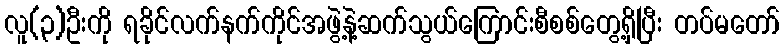
လူ(၃)ဦးကို ရခိုင်လက်နက်ကိုင်အဖွဲ့နဲ့ဆက်သွယ်ကြောင်းစီစစ်တွေ့ရှိပြီး တပ်မတော်